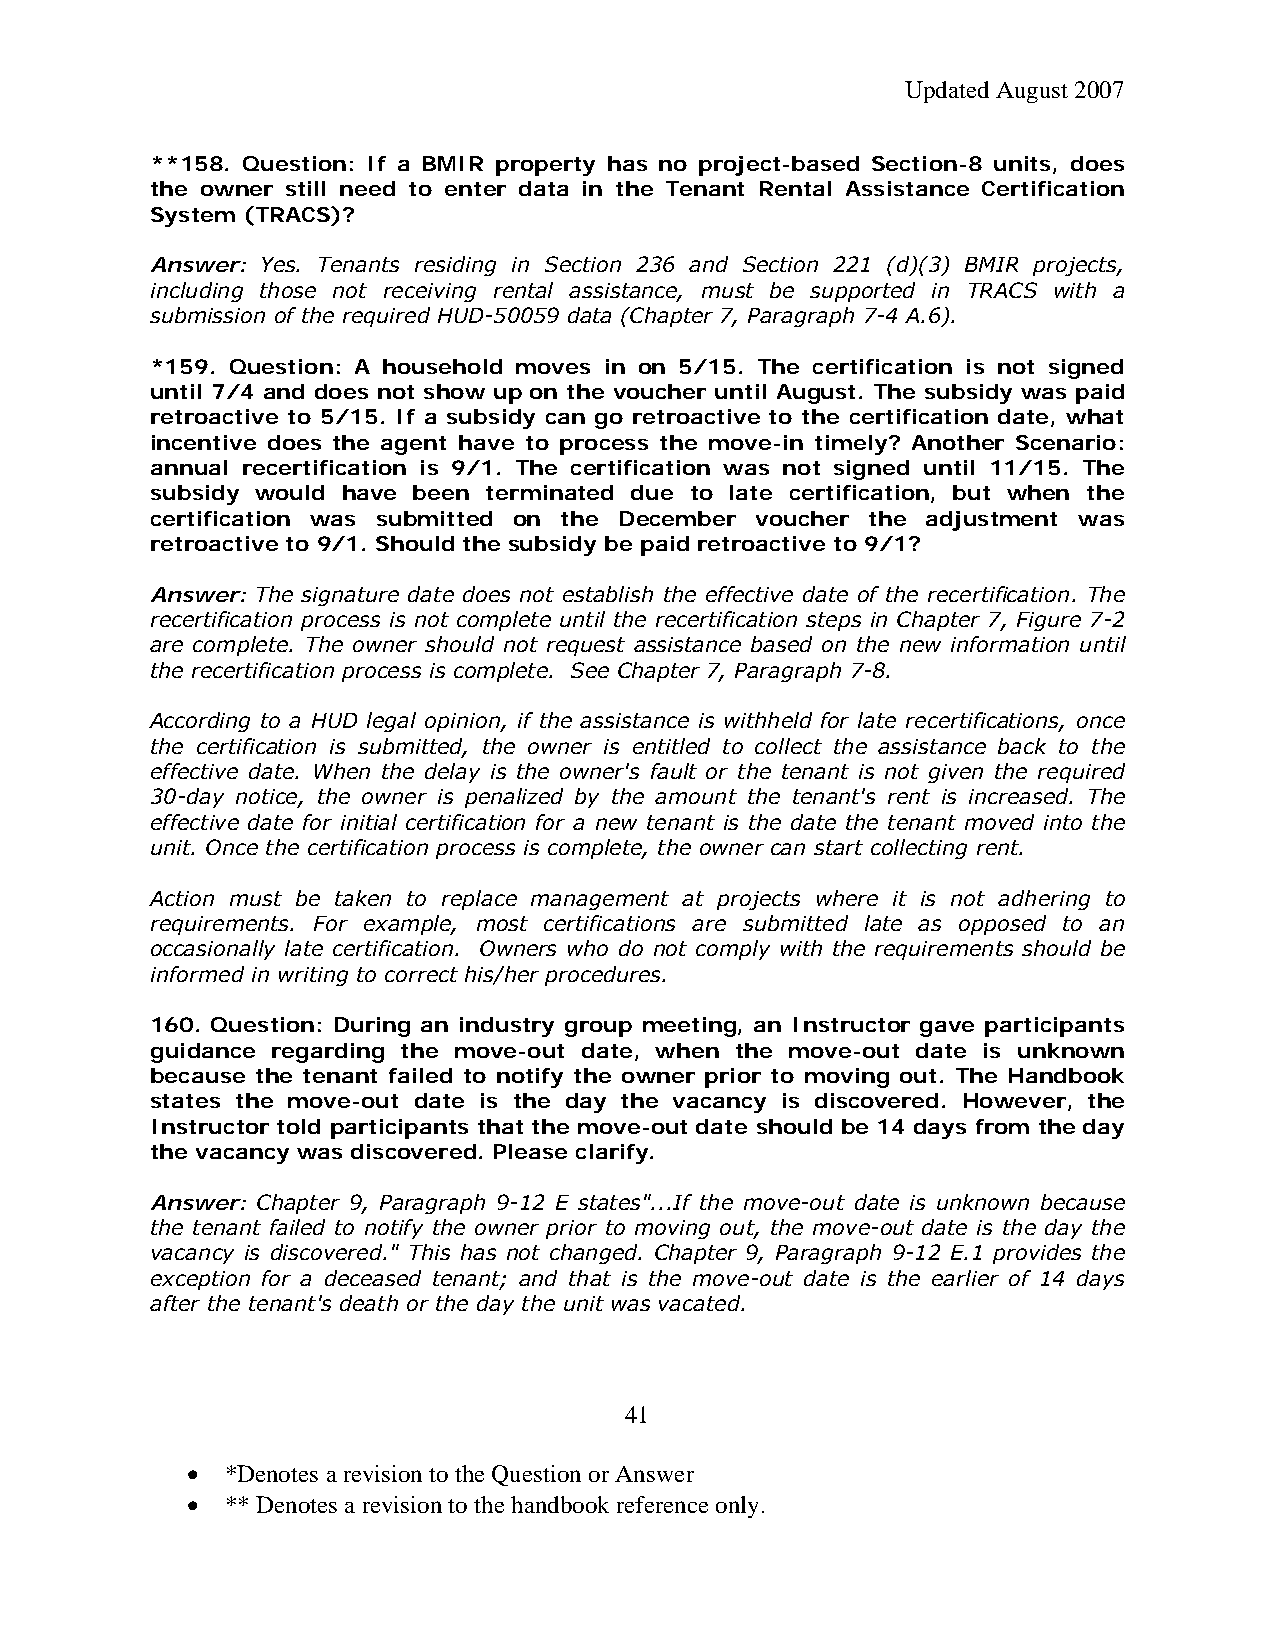
Updated August 2007
 **158. Question: If a BMIR property has no project-based Section-8 units, does
 the owner still need to enter data in the Tenant Rental Assistance Certification
 System (TRACS)?
 Answer: Yes. Tenants residing in Section 236 and Section 221 (d)(3) BMIR projects,
 including those not receiving rental assistance, must be supported in TRACS with a
 submission of the required HUD-50059 data (Chapter 7, Paragraph 7-4 A.6).
 *159. Question: A household moves in on 5/15. The certification is not signed
 until 7/4 and does not show up on the voucher until August. The subsidy was paid
 retroactive to 5/15. If a subsidy can go retroactive to the certification date, what
 incentive does the agent have to process the move-in timely? Another Scenario:
 annual recertification is 9/1. The certification was not signed until 11/15. The
 subsidy would have been terminated due to late certification, but when the
 certification was submitted on the December voucher the adjustment was
 retroactive to 9/1. Should the subsidy be paid retroactive to 9/1?
 Answer: The signature date does not establish the effective date of the recertification. The
 recertification process is not complete until the recertification steps in Chapter 7, Figure 7-2
 are complete. The owner should not request assistance based on the new information until
 the recertification process is complete. See Chapter 7, Paragraph 7-8.
 According to a HUD legal opinion, if the assistance is withheld for late recertifications, once
 the certification is submitted, the owner is entitled to collect the assistance back to the
 effective date. When the delay is the owner's fault or the tenant is not given the required
 30-day notice, the owner is penalized by the amount the tenant's rent is increased. The
 effective date for initial certification for a new tenant is the date the tenant moved into the
 unit. Once the certification process is complete, the owner can start collecting rent.
 Action must be taken to replace management at projects where it is not adhering to
 requirements. For example, most certifications are submitted late as opposed to an
 occasionally late certification. Owners who do not comply with the requirements should be
 informed in writing to correct his/her procedures.
 160. Question: During an industry group meeting, an Instructor gave participants
 guidance regarding the move-out date, when the move-out date is unknown
 because the tenant failed to notify the owner prior to moving out. The Handbook
 states the move-out date is the day the vacancy is discovered. However, the
 Instructor told participants that the move-out date should be 14 days from the day
 the vacancy was discovered. Please clarify.
 Answer: Chapter 9, Paragraph 9-12 E states"...If the move-out date is unknown because
 the tenant failed to notify the owner prior to moving out, the move-out date is the day the
 vacancy is discovered." This has not changed. Chapter 9, Paragraph 9-12 E.1 provides the
 exception for a deceased tenant; and that is the move-out date is the earlier of 14 days
 after the tenant's death or the day the unit was vacated.
 41
 •  *Denotes a revision to the Question or Answer
 •  ** Denotes a revision to the handbook reference only.